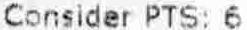
CONSIDER PTS: 6